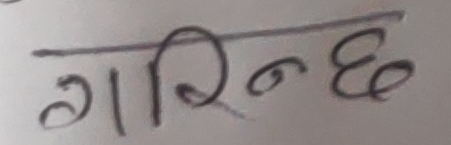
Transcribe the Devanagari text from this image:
गरिन्छ